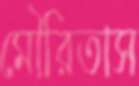
মৌরিতাস